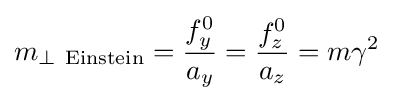
m_{\perp \ \mathrm {Einstein} }={\frac {f_{y}^{0}}{a_{y}}}={\frac {f_{z}^{0}}{a_{z}}}=m\gamma ^{2}